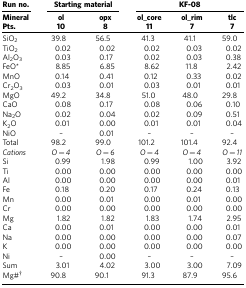
<table><thead><tr><td><b>Run no.</b></td><td colspan="2"><b>Starting material</b></td><td colspan="3"><b>KF-08</b></td></tr><tr><td><b>Mineral</b></td><td><b>ol</b></td><td><b>opx</b></td><td><b>ol_core</b></td><td><b>ol_rim</b></td><td><b>tlc</b></td></tr><tr><td><b>Pts.</b></td><td><b>10</b></td><td><b>8</b></td><td><b>11</b></td><td><b>7</b></td><td><b>7</b></td></tr></thead><tbody><tr><td>SiO<sub>2</sub></td><td>39.8</td><td>56.5</td><td>41.3</td><td>41.1</td><td>59.0</td></tr><tr><td>TiO<sub>2</sub></td><td>0.02</td><td>0.02</td><td>0.02</td><td>0.03</td><td>0.02</td></tr><tr><td>Al<sub>2</sub>O<sub>3</sub></td><td>0.03</td><td>0.17</td><td>0.02</td><td>0.03</td><td>0.38</td></tr><tr><td>FeO*</td><td>8.85</td><td>6.85</td><td>8.62</td><td>11.8</td><td>2.42</td></tr><tr><td>MnO</td><td>0.14</td><td>0.41</td><td>0.12</td><td>0.33</td><td>0.02</td></tr><tr><td>Cr<sub>2</sub>O<sub>3</sub></td><td>0.03</td><td>0.01</td><td>0.03</td><td>0.01</td><td>0.01</td></tr><tr><td>MgO</td><td>49.2</td><td>34.8</td><td>51.0</td><td>48.0</td><td>29.8</td></tr><tr><td>CaO</td><td>0.08</td><td>0.17</td><td>0.08</td><td>0.06</td><td>0.10</td></tr><tr><td>Na<sub>2</sub>O</td><td>0.02</td><td>0.04</td><td>0.02</td><td>0.09</td><td>0.51</td></tr><tr><td>K<sub>2</sub>O</td><td>0.01</td><td>0.00</td><td>0.01</td><td>0.01</td><td>0.04</td></tr><tr><td>NiO</td><td>–</td><td>0.01</td><td>–</td><td>–</td><td>–</td></tr><tr><td>Total</td><td>98.2</td><td>99.0</td><td>101.2</td><td>101.4</td><td>92.4</td></tr><tr><td><i>Cations</i></td><td><i>O=4</i></td><td><i>O=6</i></td><td><i>O=4</i></td><td><i>O=4</i></td><td><i>O=11</i></td></tr><tr><td>Si</td><td>0.99</td><td>1.98</td><td>0.99</td><td>1.00</td><td>3.92</td></tr><tr><td>Ti</td><td>0.00</td><td>0.00</td><td>0.00</td><td>0.00</td><td>0.00</td></tr><tr><td>Al</td><td>0.00</td><td>0.00</td><td>0.00</td><td>0.00</td><td>0.01</td></tr><tr><td>Fe</td><td>0.18</td><td>0.20</td><td>0.17</td><td>0.24</td><td>0.13</td></tr><tr><td>Mn</td><td>0.00</td><td>0.01</td><td>0.00</td><td>0.01</td><td>0.00</td></tr><tr><td>Cr</td><td>0.00</td><td>0.00</td><td>0.00</td><td>0.00</td><td>0.00</td></tr><tr><td>Mg</td><td>1.82</td><td>1.82</td><td>1.83</td><td>1.74</td><td>2.95</td></tr><tr><td>Ca</td><td>0.00</td><td>0.01</td><td>0.00</td><td>0.00</td><td>0.01</td></tr><tr><td>Na</td><td>0.00</td><td>0.00</td><td>0.00</td><td>0.00</td><td>0.07</td></tr><tr><td>K</td><td>0.00</td><td>0.00</td><td>0.00</td><td>0.00</td><td>0.00</td></tr><tr><td>Ni</td><td>–</td><td>0.00</td><td>–</td><td>–</td><td>–</td></tr><tr><td>Sum</td><td>3.01</td><td>4.02</td><td>3.00</td><td>3.00</td><td>7.09</td></tr><tr><td>Mg#†</td><td>90.8</td><td>90.1</td><td>91.3</td><td>87.9</td><td>95.6</td></tr></tbody></table>